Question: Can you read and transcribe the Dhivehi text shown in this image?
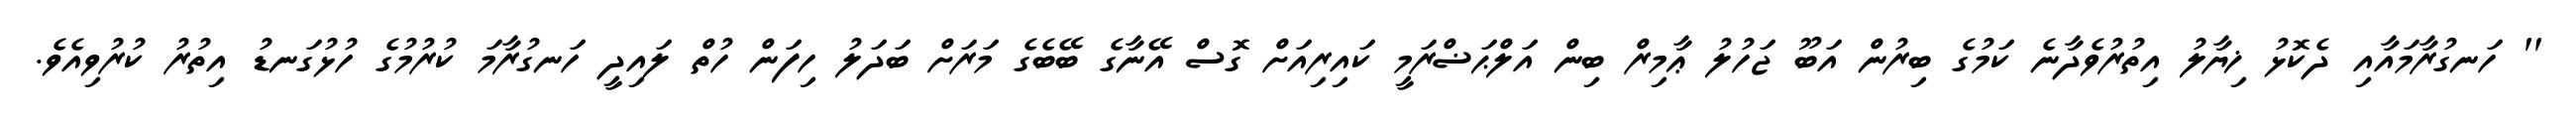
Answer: '' ހަނގުރާމައާއި ދެކޮޅު ޚިޔާލު އިތުރުވެދާނެ ކަމުގެ ބިރުން އަބޫ ޖަހުލު ޢާމިރް ބިން އަލްޙަޟްރަމީ ކައިރިއަށް ގޮސް އޭނާގެ ބޭބެގެ މަރަށް ބަދަލު ހިފަން ހުތް ލައިދީ ހަނގުރާމަ ކުރުމުގެ ހުޅުގަނޑު އިތުރު ކުރުވިއެވެ.